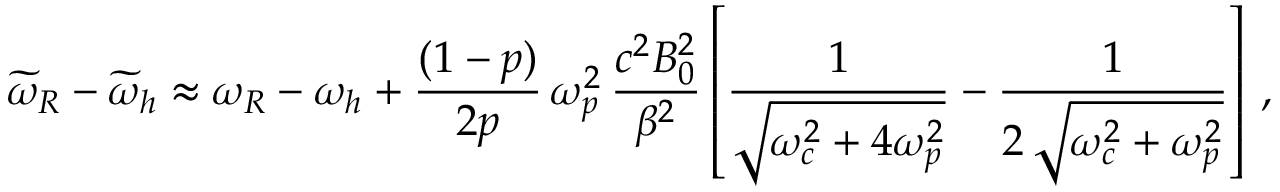
\widetilde { \omega } _ { R } - \widetilde { \omega } _ { h } \approx \omega _ { R } - \omega _ { h } + \frac { ( 1 - p ) } { 2 p } \, \omega _ { p } ^ { 2 } \, \frac { c ^ { 2 } B _ { 0 } ^ { 2 } } { \beta ^ { 2 } } \left[ \frac { 1 } { \sqrt { \omega _ { c } ^ { 2 } + 4 \omega _ { p } ^ { 2 } } } - \frac { 1 } { 2 \, \sqrt { \omega _ { c } ^ { 2 } + \omega _ { p } ^ { 2 } } } \right] \, ,